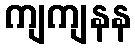
ကျကျနန